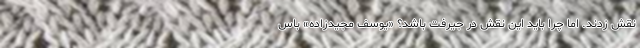
نقش زدند. اما چرا باید این نقش در جیرفت باشد؟ «یوسف مجیدزاده» باس